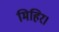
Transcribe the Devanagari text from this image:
मिहिर।